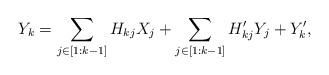
\begin{align*}Y_k=\sum_{j\in [1:k-1]}H_{kj}X_j+\sum_{j\in [1:k-1]}H_{kj}'Y_j+Y_k', \end{align*}